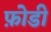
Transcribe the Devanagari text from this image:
फ़ोडी